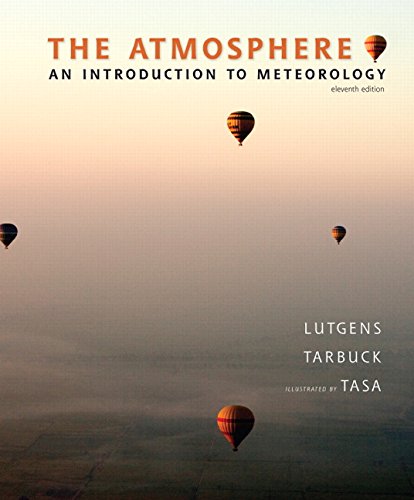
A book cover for The Atmosphere: An Introduction to Meteorology (11th Edition); Frederick K. Lutgens; Science & Math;